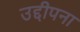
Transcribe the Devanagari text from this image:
उद्दीपना